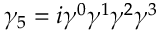
\gamma _ { 5 } = i \gamma ^ { 0 } \gamma ^ { 1 } \gamma ^ { 2 } \gamma ^ { 3 }